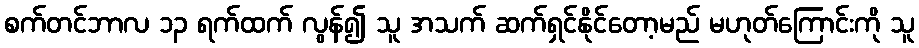
စက်တင်ဘာလ ၁၃ ရက်ထက် လွန်၍ သူ အသက် ဆက်ရှင်နိုင်တော့မည် မဟုတ်ကြောင်းကို သူ